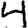
Digit: 4